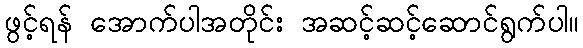
ဖွင့်ရန် အောက်ပါအတိုင်း အဆင့်ဆင့်ဆောင်ရွက်ပါ။